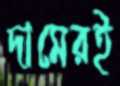
দামেরই